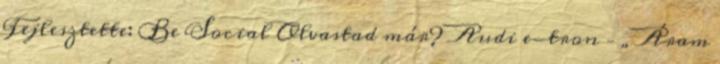
Fejlesztette: Be Social Olvastad már? Audi e-tron – „Áram